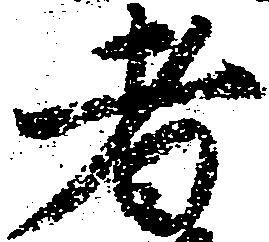
者